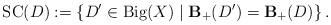
LaTeX: \begin{align*}\mathrm{SC}(D):=\left\{D' \in \mathrm{Big}(X) \; | \; \mathbf{B}_{+}(D')=\mathbf{B}_{+}(D)\right\}.\end{align*}